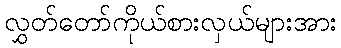
လွှတ်တော်ကိုယ်စားလှယ်များအား